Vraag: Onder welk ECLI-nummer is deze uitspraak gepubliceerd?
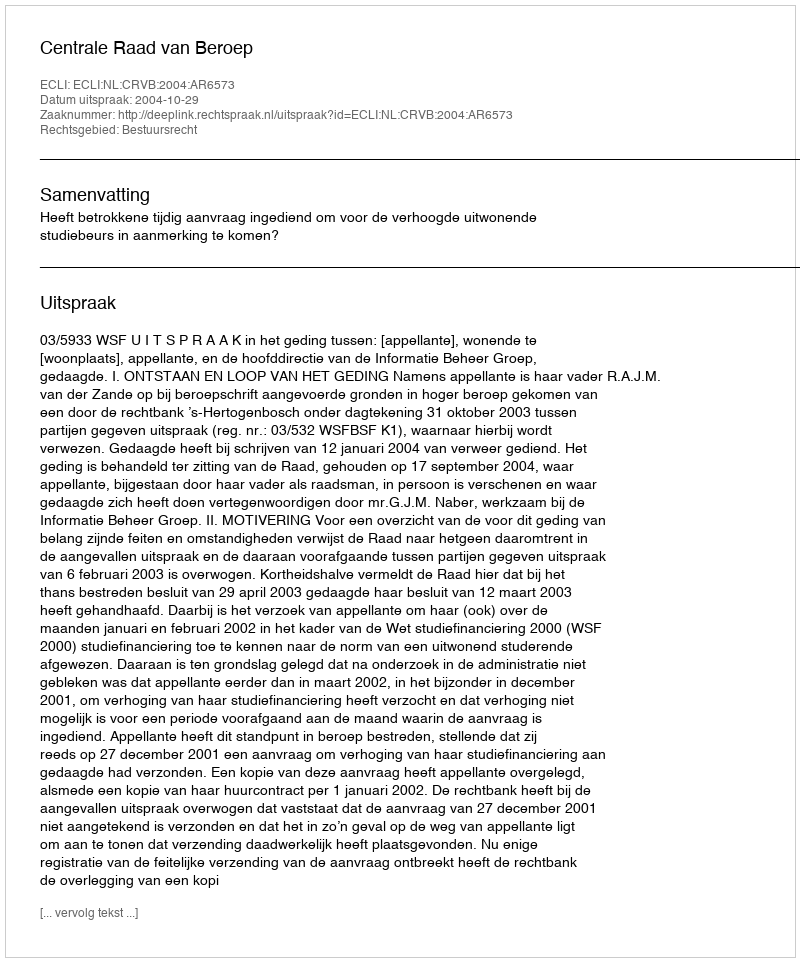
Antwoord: ECLI:NL:CRVB:2004:AR6573